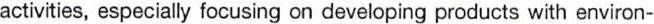
activities, especially focusing on developing products with environ-